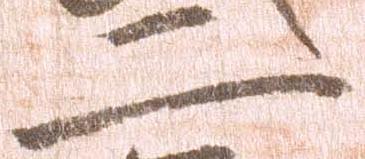
二